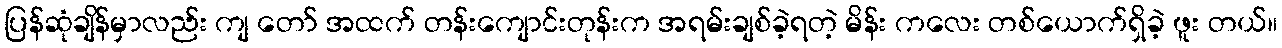
ပြန်ဆုံချိန်မှာလည်း ကျ တော် အထက် တန်းကျောင်းတုန်းက အရမ်းချစ်ခဲ့ရတဲ့ မိန်း ကလေး တစ်ယောက်ရှိခဲ့ ဖူး တယ်။